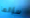
سؤالها